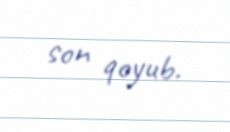
son qoyub.